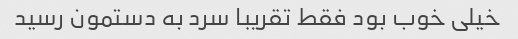
خیلی خوب بود فقط تقریبا سرد به دستمون رسید